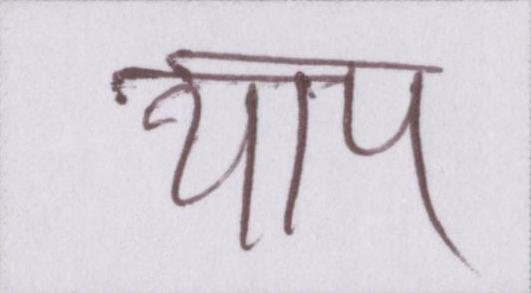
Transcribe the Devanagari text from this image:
थाप